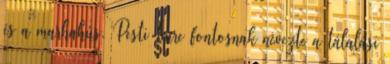
és a marhahús. Pesti Imre fontosnak nevezte a tálalási